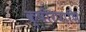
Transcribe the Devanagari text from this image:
क्षीरपाणि